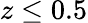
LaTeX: z\le 0.5